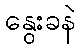
နွေးခနဲ